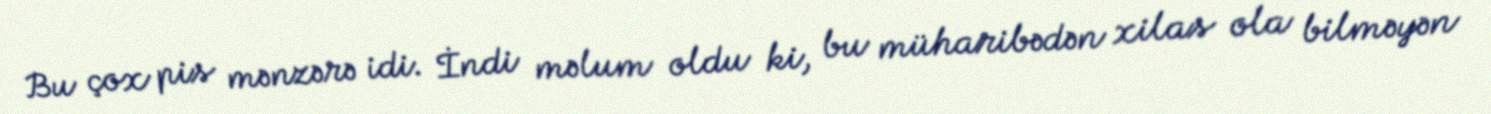
Bu çox pis mənzərə idi. İndi məlum oldu ki, bu müharibədən xilas ola bilməyən